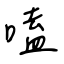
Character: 嗑